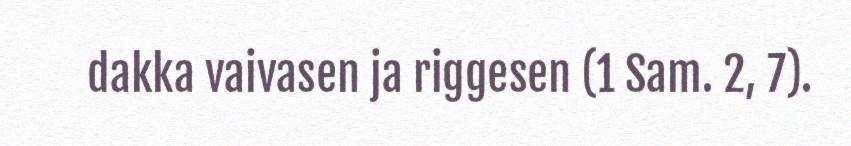
dakka vaivasen ja riggesen (1 Sam. 2, 7).